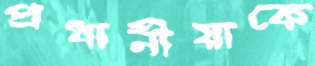
প্রধানীয়াকে